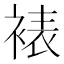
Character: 裱